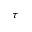
\tau